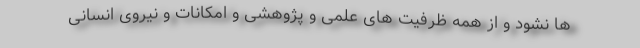
ها نشود و از همه ظرفیت های علمی و پژوهشی و امکانات و نیروی انسانی